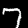
Label: 7